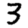
Digit: 3